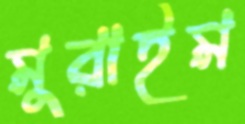
মুরাইম